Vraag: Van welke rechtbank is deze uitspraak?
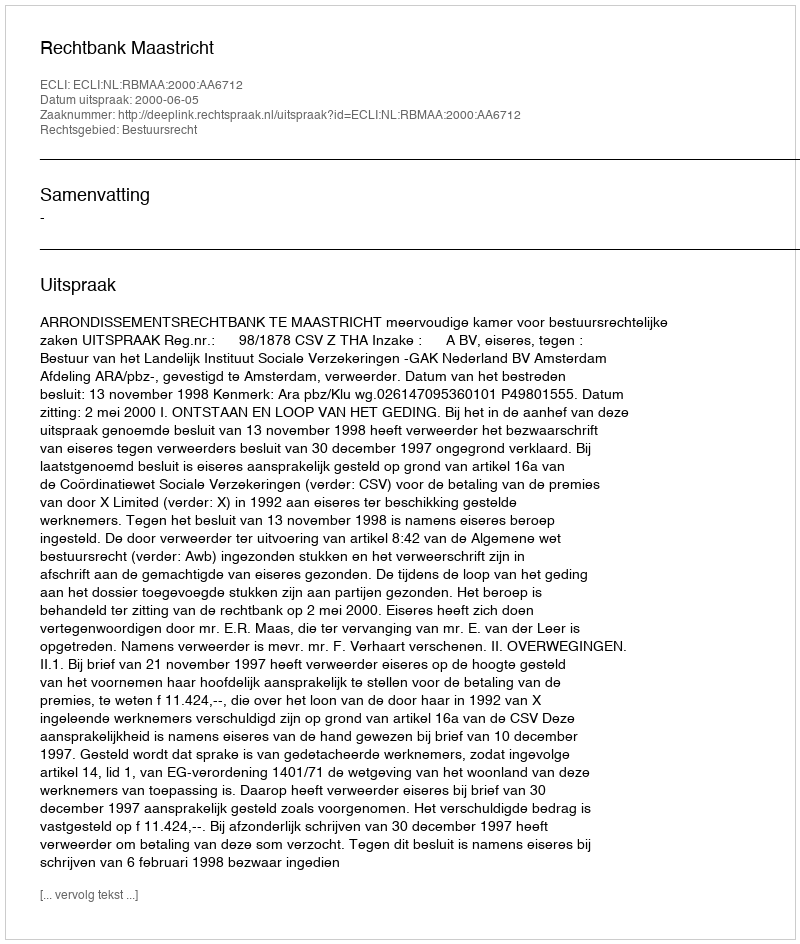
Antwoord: Rechtbank Maastricht